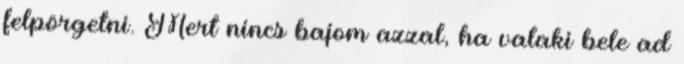
felpörgetni. Mert nincs bajom azzal, ha valaki bele ad